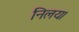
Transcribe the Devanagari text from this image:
निलय।